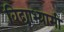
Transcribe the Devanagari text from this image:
विद्याभ्यामी